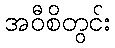
အဝီစိတွင်း